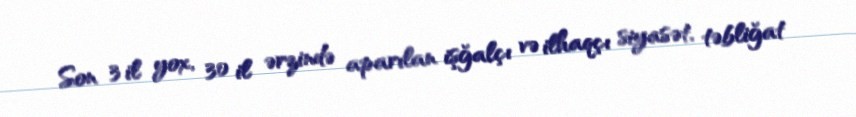
Son 3 il yox, 30 il ərzində aparılan işğalçı və ilhaqçı siyasət, təbliğat